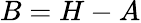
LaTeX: B=H-A